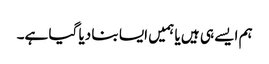
ہم ایسے ہی ہیں یا ہمیں ایسا بنا دیا گیا ہے۔